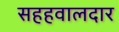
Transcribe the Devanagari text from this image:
सहहवालदार